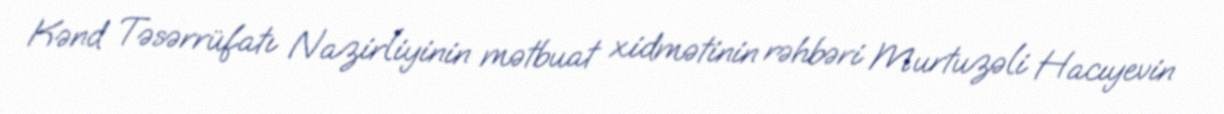
Kənd Təsərrüfatı Nazirliyinin mətbuat xidmətinin rəhbəri Murtuzəli Hacıyevin